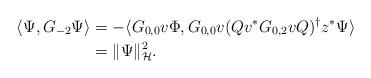
LaTeX: \begin{align*}\langle \Psi,G_{-2}\Psi\rangle&=-\langle G_{0,0}v\Phi,G_{0,0}v (Qv^*G_{0,2}vQ)^{\dagger}z^*\Psi\rangle\\&=\|\Psi\|_{\mathcal H}^2.\end{align*}